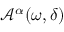
\mathcal { A } ^ { \alpha } ( \omega , \delta )